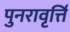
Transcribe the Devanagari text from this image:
पुनरावृर्त्ति